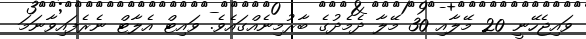
ވައިޖެހޭނީ 20 މޭލާއި 30 މޭލާ ދެމެދުގެ ބާރުމިނެއްގައެވެ. ވައިޓް އެލާޓް ނެރެފައިވާނަމަ